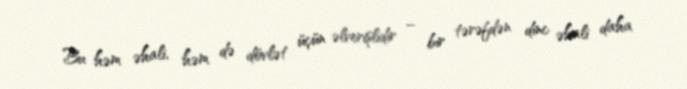
Bu həm əhali, həm də dövlət üçün əlverişlidir – bir tərəfdən dinc əhali daha